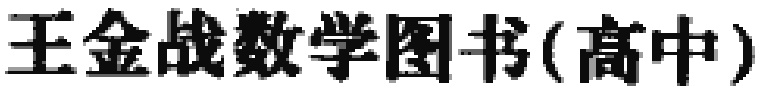
王金战数学图书(高中)